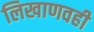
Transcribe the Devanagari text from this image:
लिखाणवही